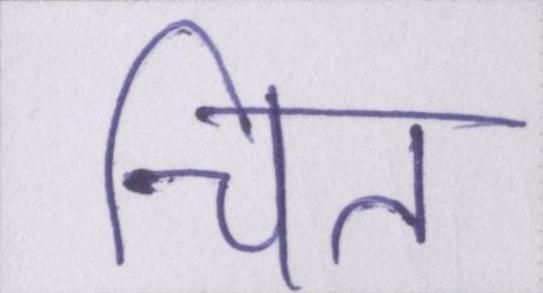
चित